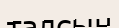
талсын